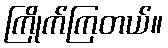
ကြိုက်ကြတယ်။